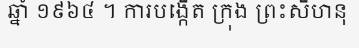
ឆ្នាំ ១៩៦៤ ។ ការបង្កើត ក្រុង ព្រះសីហនុ